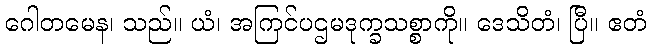
ဂေါတမေန၊ သည်။ ယံ၊ အကြင်ပဌမဒုက္ခသစ္စာကို။ ဒေသိတံ၊ ပြီ။ ဧတံ